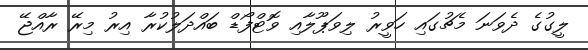
ލީގުގެ ދެވަނަ މެޗުގައި ހަވީރު ލިވަޕޫލާއި ވޮޓްފޯޑް ބައްދަލުކުރާ އިރު މިރޭ ރާއްޖޭ